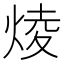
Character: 𤊥